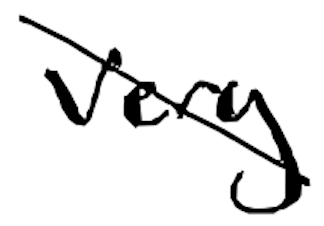
Text: very
Cross-out: diagonal
Writing tool: digital_black